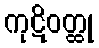
ကုဋိဝတ္ထု